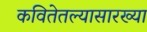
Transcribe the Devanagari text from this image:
कवितेतल्यासारख्या